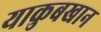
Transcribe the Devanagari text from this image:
याकुबखान